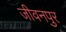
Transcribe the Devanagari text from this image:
जीवनपुर